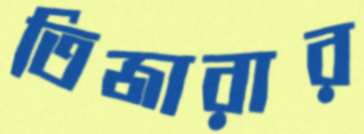
তিজারার